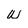
Character: w